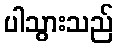
ပါသွားသည်